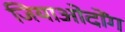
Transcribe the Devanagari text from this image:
जियाओदोंग